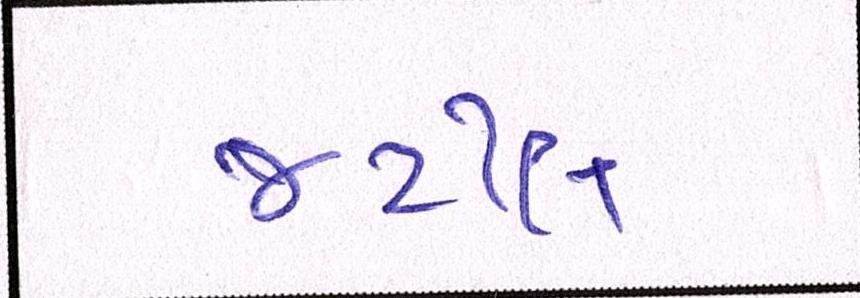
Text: જટીલ